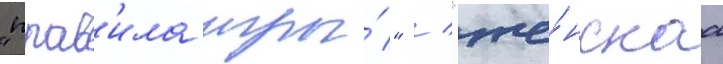
"прав'ила игры́" / "же́нскаа